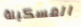
المسكينة